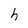
Character: h